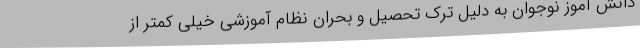
دانش آموز نوجوان به دلیل ترک تحصیل و بحران نظام آموزشی خیلی کمتر از